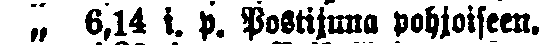
„ 6,14 i. p. Postijuna pohjoiseen.